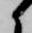
候